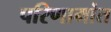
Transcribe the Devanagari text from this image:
परिणामांत